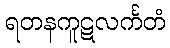
ရတနကူဋလင်္ကတံ